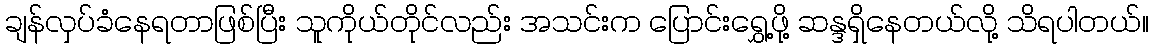
ချန်လှပ်ခံနေရတာဖြစ်ပြီး သူကိုယ်တိုင်လည်း အသင်းက ပြောင်းရွှေ့ဖို့ ဆန္ဒရှိနေတယ်လို့ သိရပါတယ်။